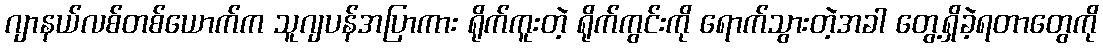
ဂျာနယ်လစ်တစ်ယောက်က သူဂျပန်အပြာကား ရိုက်ကူးတဲ့ ရိုက်ကွင်းကို ရောက်သွားတဲ့အခါ တွေ့ရှိခဲ့ရတာတွေကို